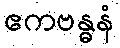
ဧကဗန္ဓနံ